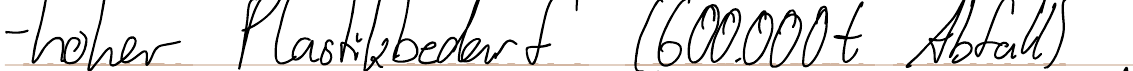
- hohe Plastikbedarf (600.000t Abfall)